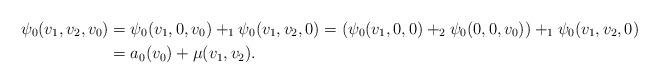
LaTeX: \begin{align*}\psi_0(v_1,v_2,v_0)&=\psi_0(v_1,0,v_0)+_1\psi_0(v_1,v_2,0)=(\psi_0(v_1,0,0)+_2\psi_0(0,0,v_0))+_1\psi_0(v_1,v_2,0)\\&=a_0(v_0)+\mu(v_1,v_2).\end{align*}